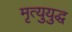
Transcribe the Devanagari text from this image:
मृत्युयुद्ध